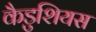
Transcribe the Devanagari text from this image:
कैडुशियस